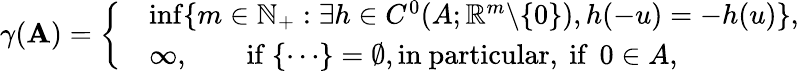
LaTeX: \gamma(\mathbf{A})=\left\{ \begin{array}{rl}&{\operatorname*{inf}\{ m\in\mathbb{N}_{+}:\exists h\in C^{0}(A;\mathbb{R}^{m}\backslash\{ 0\} ),h(-u)=-h(u)\} ,}\\ &{\infty,\quad\quad\mathrm{if~}\{ \cdots\} =\emptyset,\mathrm{in~particular,~if~}\, 0\in A,}\end{array}\right.